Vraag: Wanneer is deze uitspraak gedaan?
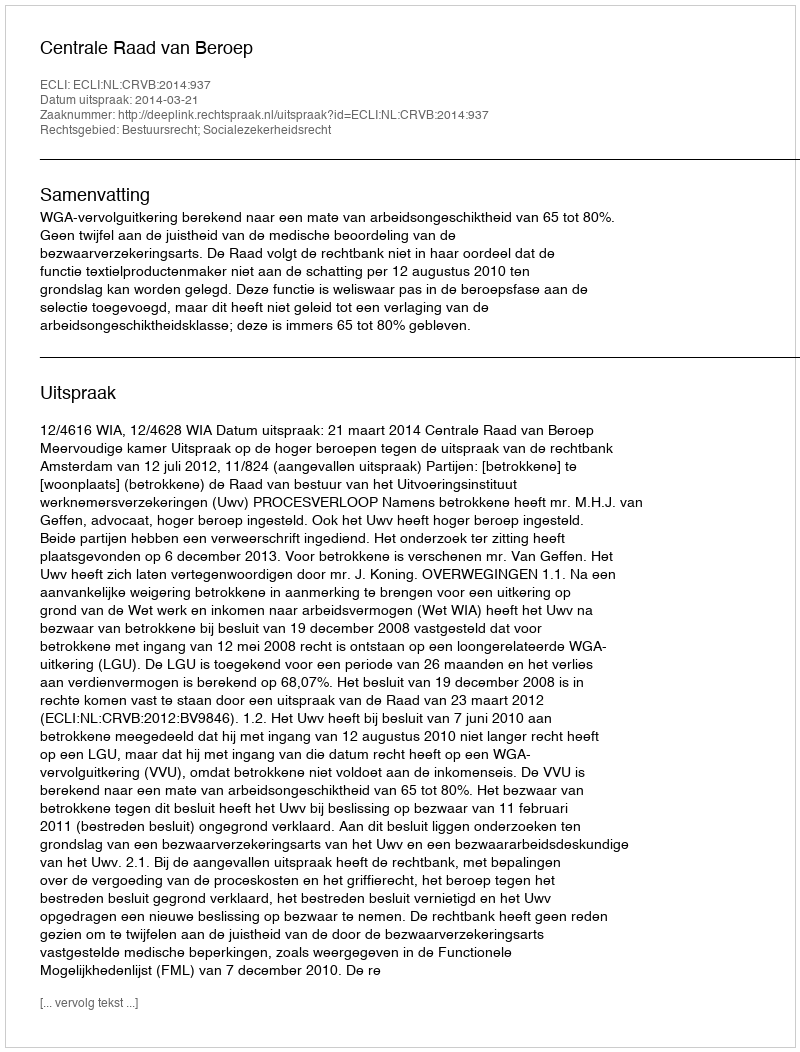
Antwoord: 2014-03-21